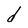
Character: d